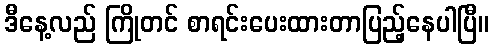
ဒီနေ့လည် ကြိုတင် စာရင်းပေးထားတာပြည့်နေပါပြီ။